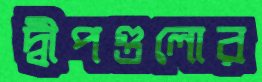
দ্বীপগুলোর